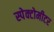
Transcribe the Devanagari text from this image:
स्पेक्टोमीटर